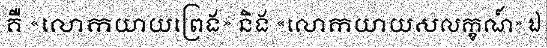
គឺ «លោកយាយព្រេង» និង «លោកយាយសលក្ខណ៍» ឯ